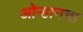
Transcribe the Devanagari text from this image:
ओऱ्हानचा